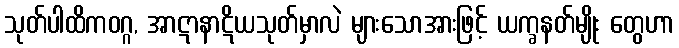
သုတ်ပါထိကဝဂ္ဂ, အာဋာနာဋိယသုတ်မှာလဲ များသောအားဖြင့် ယက္ခနတ်မျိုး တွေဟာ